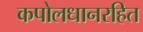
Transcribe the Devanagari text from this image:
कपोलधानरहित